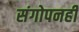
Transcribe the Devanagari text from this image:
संगोपनही